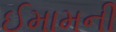
ઈમામની